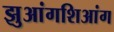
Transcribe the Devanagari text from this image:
झुआंगशिआंग